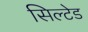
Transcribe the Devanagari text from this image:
सिल्टेड